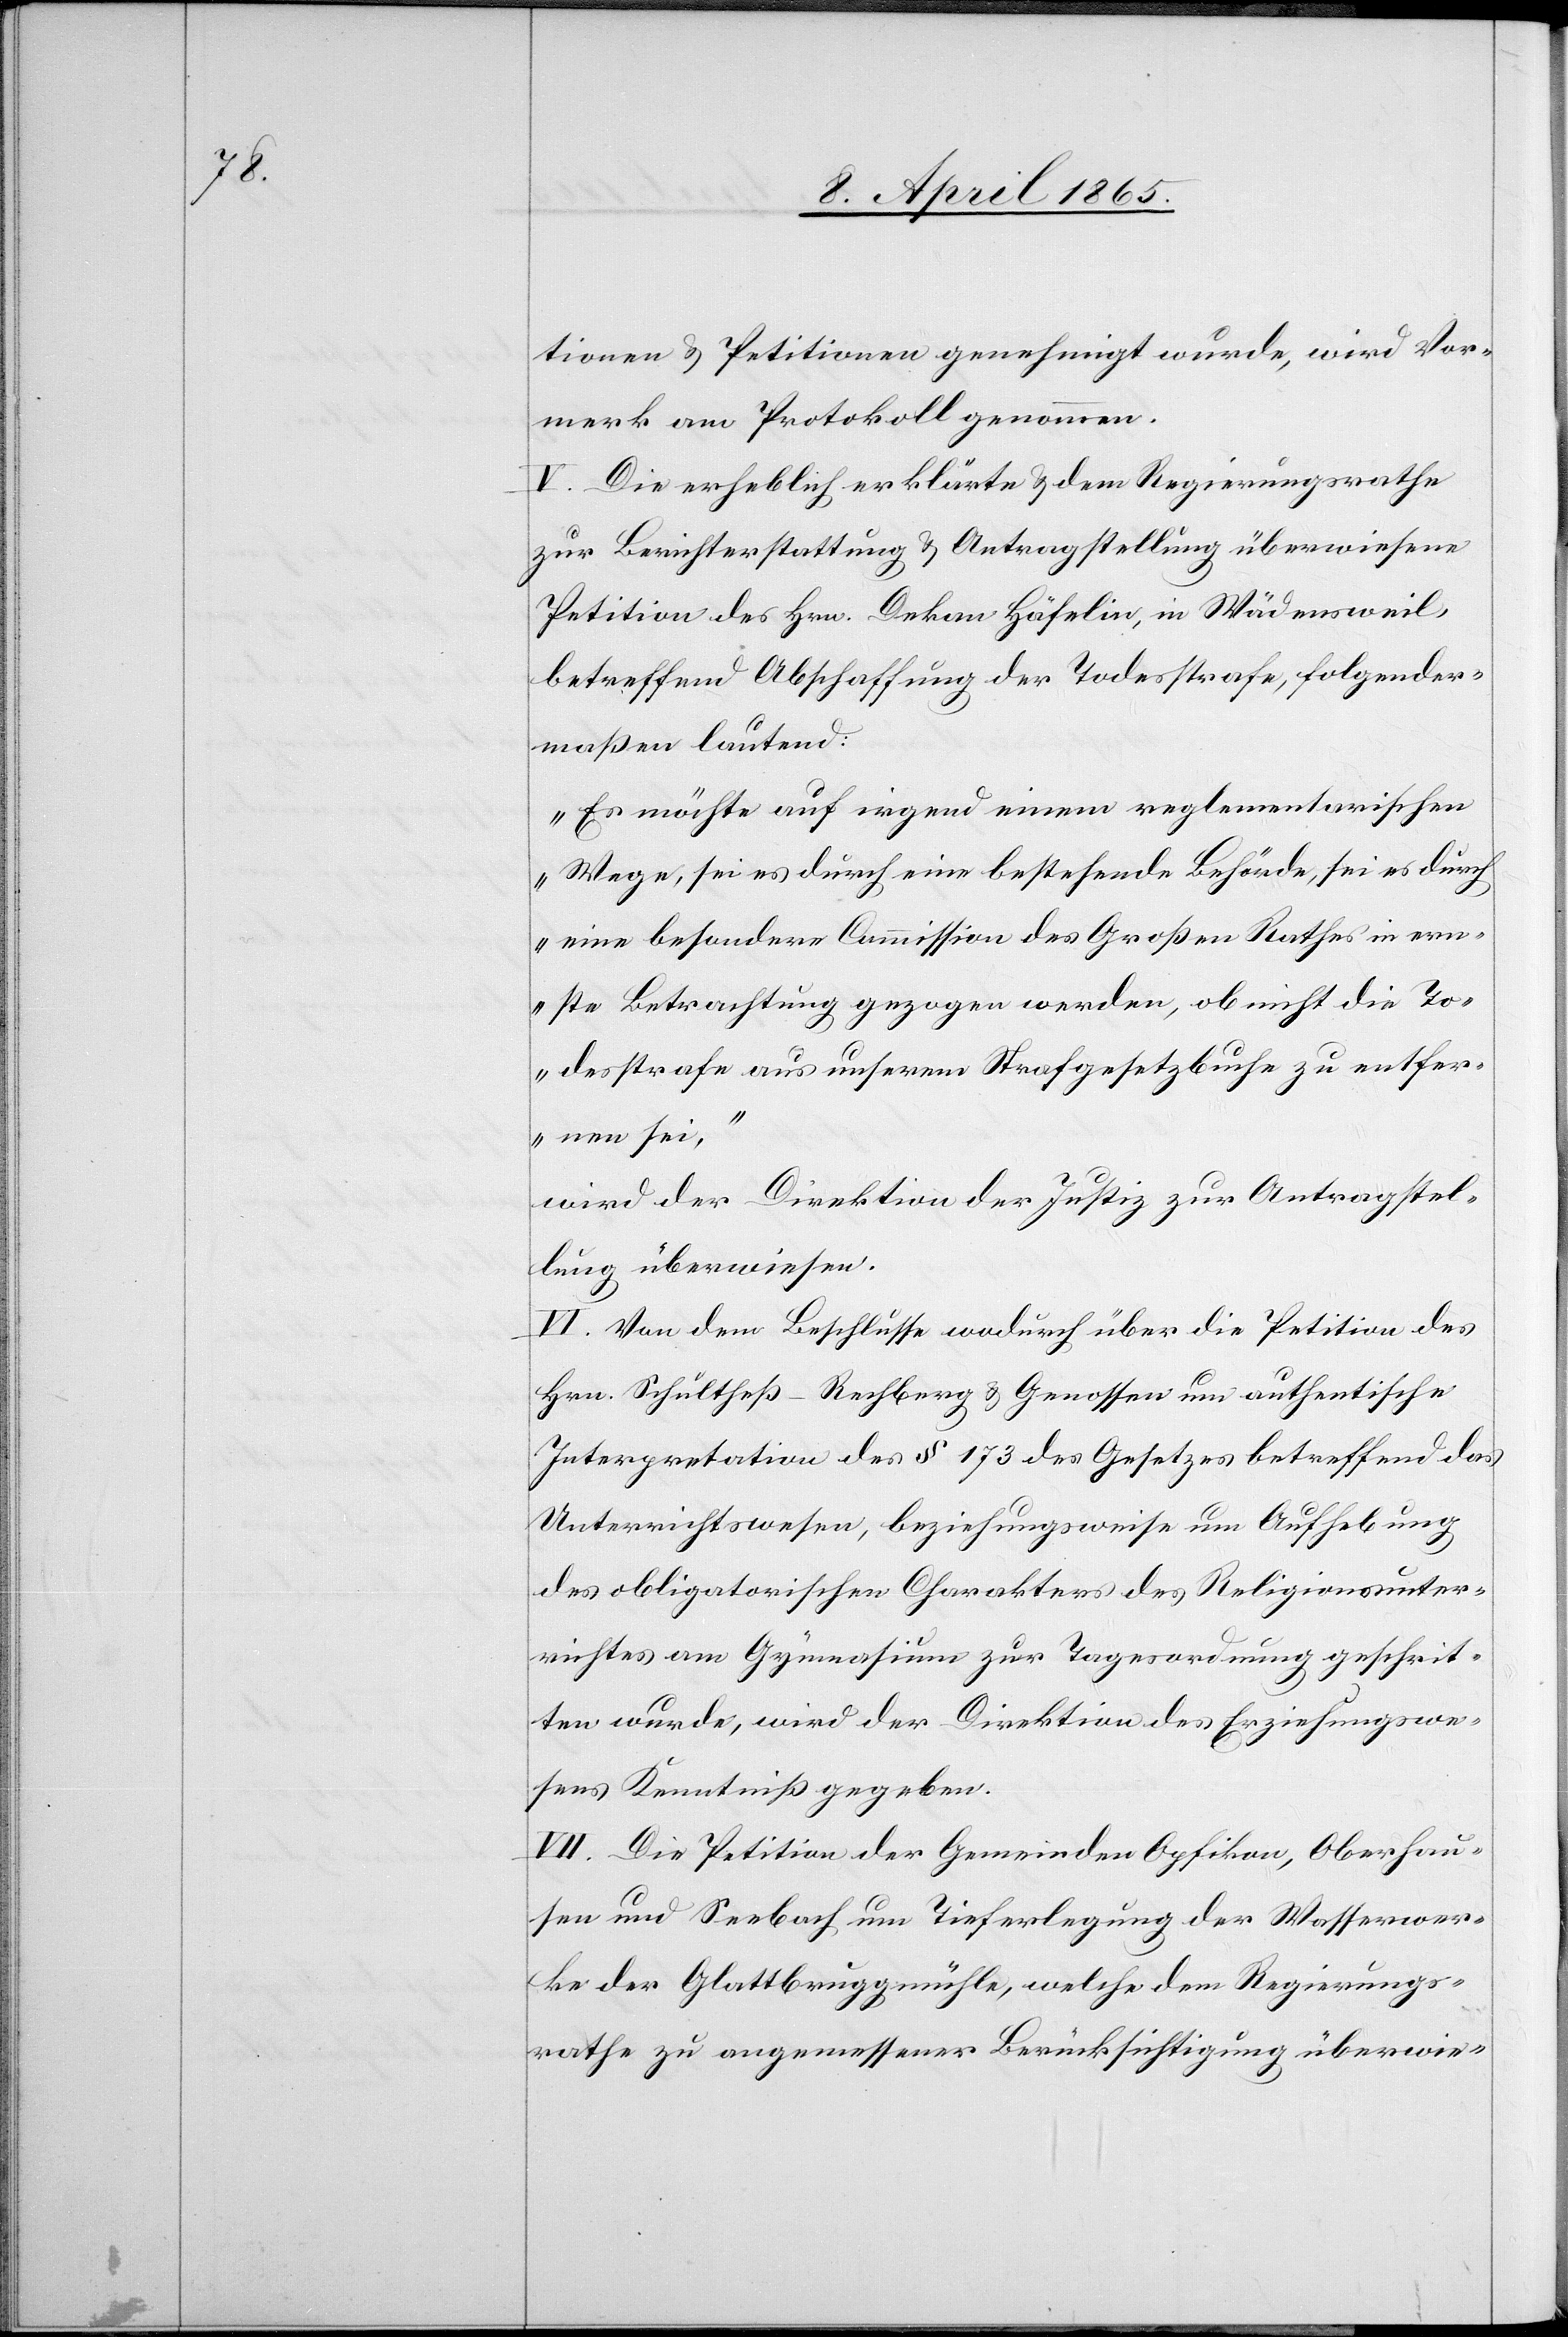
tionen & Petitionen genehmigt wurde, wird Vor¬
merk am Protokoll genommen.
V. Die erheblich erklärte & dem Regierungsrathe
zur Berichterstattung & Antragstellung überwiesene
Petition des Hrn. Dekan Häfelin, in Wädensweil,
betreffend Abschaffung der Todesstrafe, folgender¬
maßen lautend:
„Es möchte auf irgend einem reglementarischen
Wege, sei es durch eine bestehende Behörde, sei es durch
eine besondere Commission des Großen Rathes in ern¬
ste Betrachtung gezogen werden, ob nicht die To¬
desstrafe aus unserem Strafgesetzbuche zu entfer¬
nen sei,“
wird der Direktion der Justiz zur Antragstel¬
lung überwiesen.
VI. Von dem Beschlusse wodurch über die Petition des
Hrn. Schultheß-Rechberg & Genossen um authentische
Interpretation des § 173 des Gesetzes betreffend das
Unterrichtswesen, beziehungsweise um Aufhebung
des obligatorischen Charakters des Religionsunter¬
richtes am Gymnasium zur Tagesordnung geschrit¬
ten wurde, wird der Direktion des Erziehungswe¬
sens Kenntniß gegeben.
VII. Die Petition der Gemeinden Opfikon, Oberhau¬
sen und Seebach um Tieferlegung der Wasserwer¬
ke der Glattbruggmühle, welche dem Regierungs¬
rathe zu angemessener Berücksichtigung überwie-